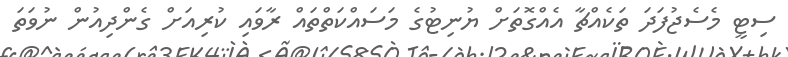
ސިޓީ މެސެޖުފަދަ ތަކެއްޗާ އެއްގޮތަށް ޔުނިޓުގެ މަސައްކަތްތައް ރާވައި ކުރިއަށް ގެންދިއުން ނުވަތަ